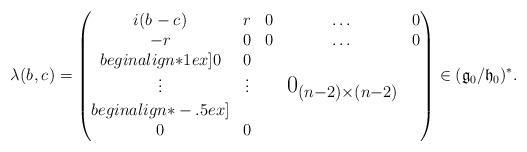
LaTeX: \begin{align*}\lambda(b_{},c_{}) =\begin{pmatrix} i(b_{} -c_{})& r_{} & 0&\dots & 0\\ -r_{}& 0 & 0 &\dots &0\\begin{align*}1ex] 0&0 &\\ \vdots&\vdots & & \text{\Large $0_{(n-2)\times (n-2)}$}\\begin{align*}-.5ex] \\ 0& 0 &&&\end{pmatrix} \in({\mathfrak g}_0/{\mathfrak h}_0)^*.\end{align*}